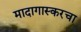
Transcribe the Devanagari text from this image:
मादागास्करचा